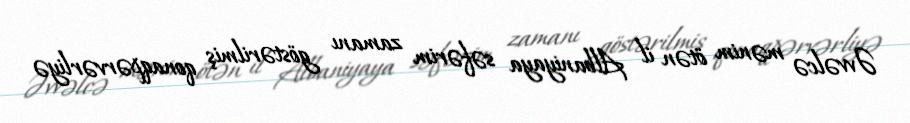
Əvvəlcə mənim ötən il Albaniyaya səfərim zamanı göstərilmiş qonaqpərvərliyə